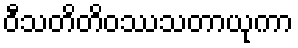
ဝီသတိတိဝဿသတာယုကာ